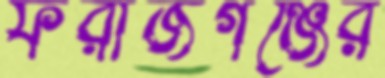
ফরাজগঞ্জের